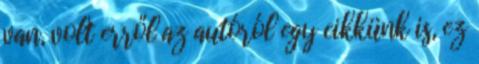
van, volt erről az autóról egy cikkünk is, ez